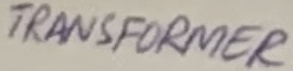
Text: TRANSFORMER